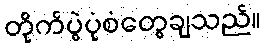
တိုက်ပွဲပုံစံတွေချသည်။